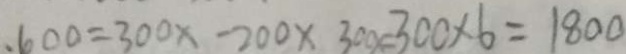
. 6 0 0 = 3 0 0 x - 2 0 0 \times 3 0 0 x = 3 0 0 \times 6 = 1 8 0 0